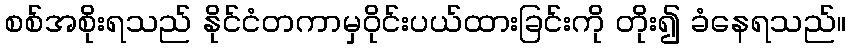
စစ်အစိုးရသည် နိုင်ငံတကာမှဝိုင်းပယ်ထားခြင်းကို တိုး၍ ခံနေရသည်။